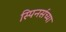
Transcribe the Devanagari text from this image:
स्पिनर्सच्या